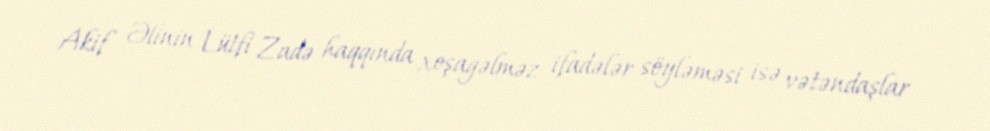
Akif Əlinin Lütfi Zadə haqqında xoşagəlməz ifadələr söyləməsi isə vətəndaşlar